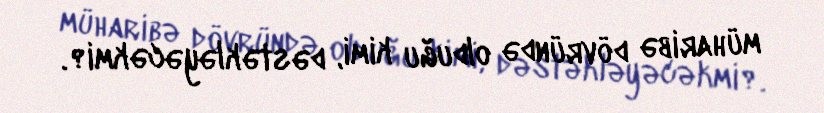
müharibə dövründə olduğu kimi, dəstəkləyəcəkmi?.